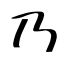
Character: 乃